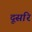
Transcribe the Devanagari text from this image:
दूसरि